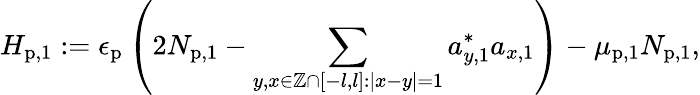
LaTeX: H_{\mathrm{p},1}:=\epsilon_{\mathrm{p}}\left(2N_{\mathrm{p},1}-\sum_{y,x\in\mathbb{Z}\cap\lbrack-l,l]:|x-y|=1}a_{y,1}^{\ast}a_{x,1}\right)-\mu_{\mathrm{p},1}N_{\mathrm{p},1},